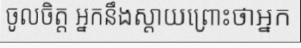
ចូលចិត្ត អ្នកនឹងស្តាយព្រោះថាអ្នក